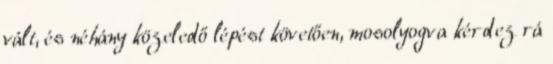
vált, és néhány közeledő lépést követően, mosolyogva kérdez rá